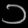
Digit: ၁